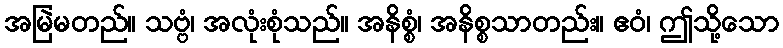
အမြဲမတည်။ သဗ္ဗံ၊ အလုံးစုံသည်။ အနိစ္စံ၊ အနိစ္စသာတည်း။ ဧဝံ၊ ဤသို့သော